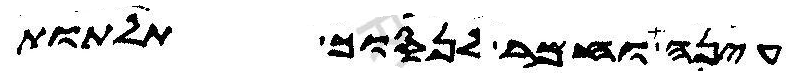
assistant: עינה וחמר לנסוך תלתות